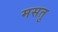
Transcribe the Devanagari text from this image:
मसतु